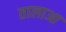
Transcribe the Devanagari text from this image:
तालाआ